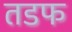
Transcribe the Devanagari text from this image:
तडफ